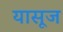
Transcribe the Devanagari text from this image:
यासूज